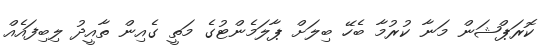
ކޮރަޕްޝަން މަނާ ކުރުމާ ބެހޭ ބިލަށް ޕާލަމެންޓުގެ މަތީ ގެއިން ތާއީދު ލިބިފައެއް